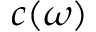
c ( \omega )